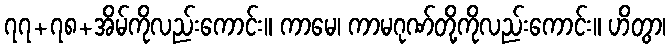
၇၇+၇၈+အိမ်ကိုလည်းကောင်း။ ကာမေ၊ ကာမဂုဏ်တို့ကိုလည်းကောင်း။ ဟိတွာ၊